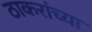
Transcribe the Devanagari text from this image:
ठाकरांच्या